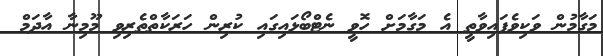
މަގާމުން ވަކިވެފައިވާތީ އެ މަގާމަށް ހޮވީ ނެޓްބޯޅައިގައި ކުރިން ހަރަކާތްތެރިވި މޫމިނާ އާދަމް